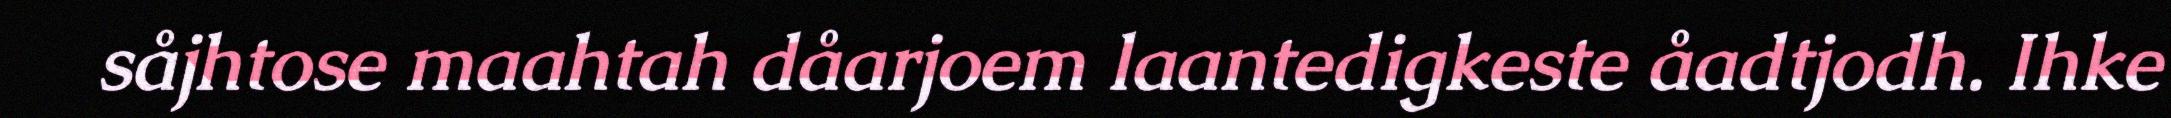
såjhtose maahtah dåarjoem laantedigkeste åadtjodh. Ihke